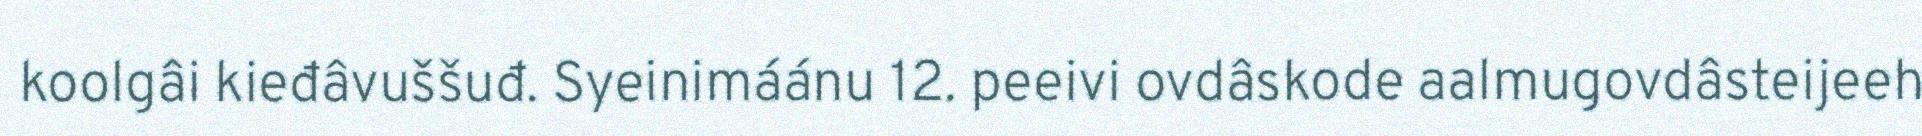
koolgâi kieđâvuššuđ. Syeinimáánu 12. peeivi ovdâskode aalmugovdâsteijeeh